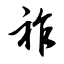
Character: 祚